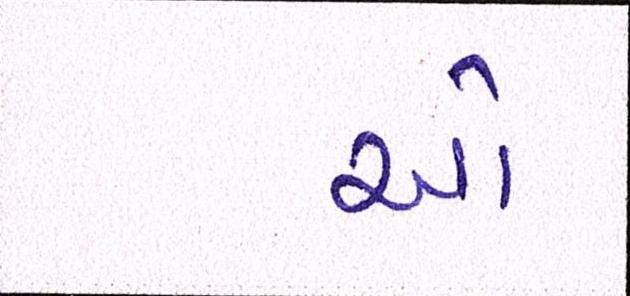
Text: ઓ